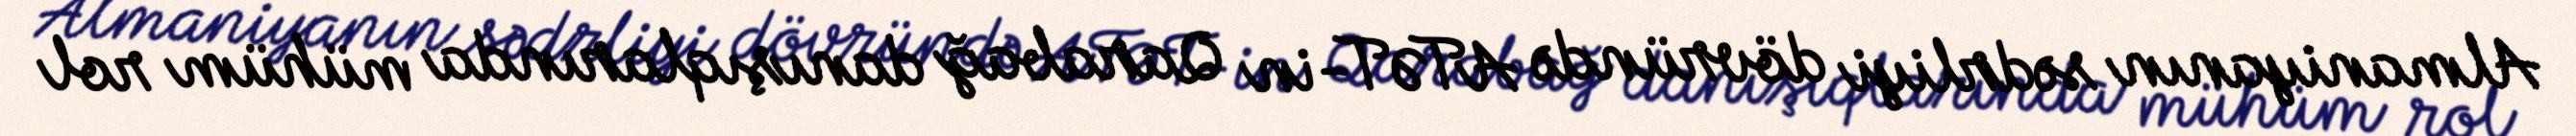
Almaniyanın sədrliyi dövründə ATƏT-in Qarabağ danışıqlarında mühüm rol